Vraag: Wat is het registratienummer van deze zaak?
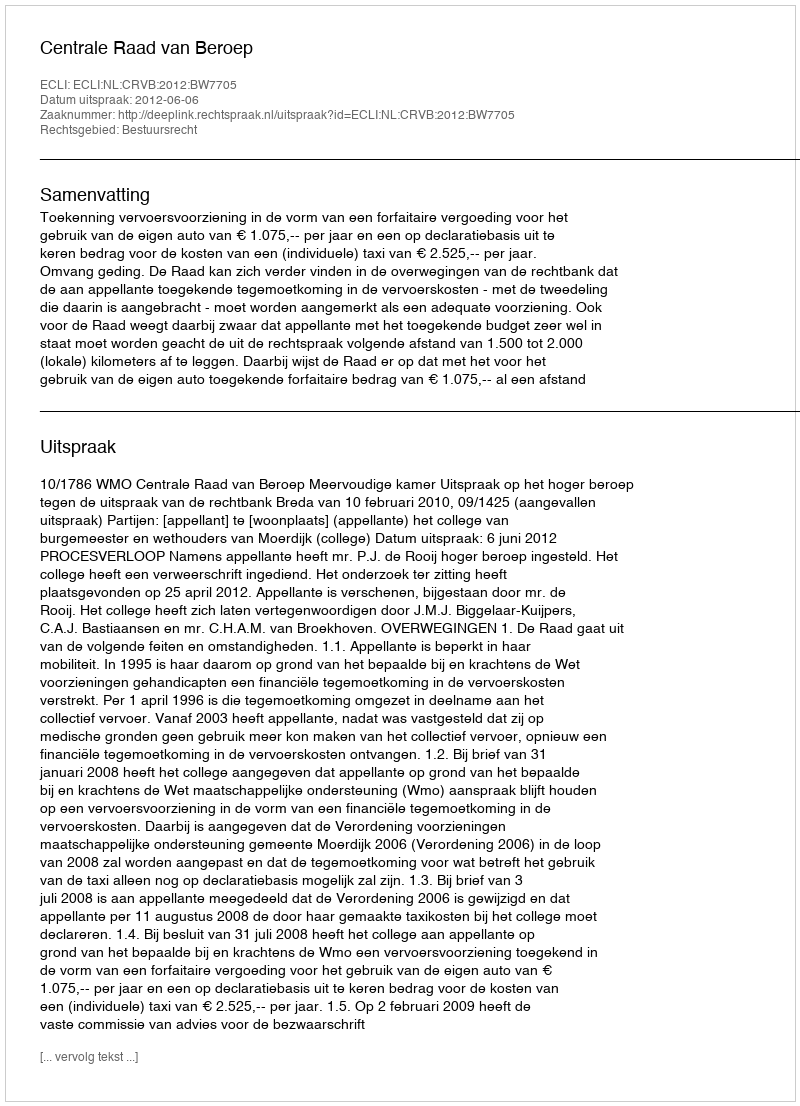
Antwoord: http://deeplink.rechtspraak.nl/uitspraak?id=ECLI:NL:CRVB:2012:BW7705